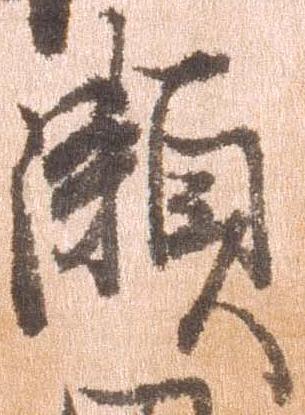
瀬